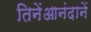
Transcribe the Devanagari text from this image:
तिनेंआनंदानें